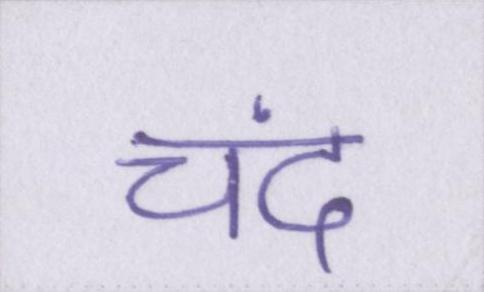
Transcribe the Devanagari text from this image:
चंद